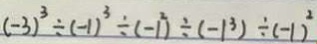
( - 3 ) ^ { 3 } \div ( - 1 ) ^ { 3 } \div ( - 1 ^ { 2 } ) \div ( - 1 ^ { 3 } ) \div ( - 1 ) ^ { 2 }